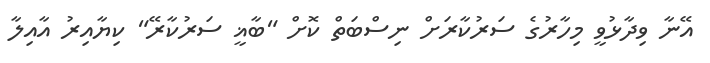
އޭނާ ވިދާޅުވީ މިހާރުގެ ސަރުކާރަށް ނިސްބަތް ކޮށް "ބާޣީ ސަރުކާރޭ" ކިޔާއިރު އާއިލާ